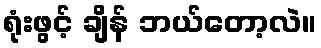
ရုံးဖွင့် ချိန် ဘယ်တော့လဲ။